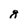
Character: g